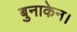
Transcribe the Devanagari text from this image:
बुनाकेन।